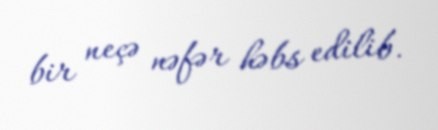
bir neçə nəfər həbs edilib.